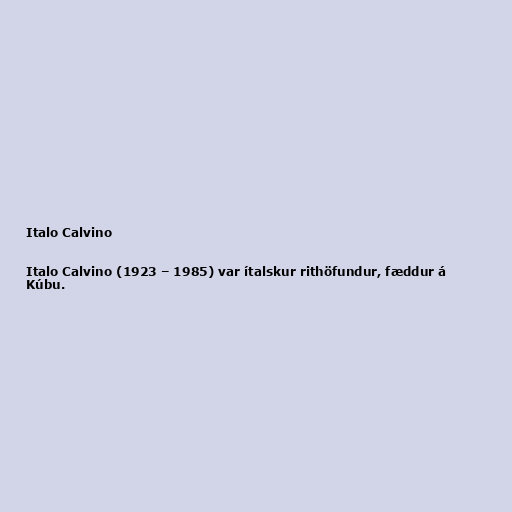
Italo Calvino

Italo Calvino (1923 – 1985) var ítalskur rithöfundur, fæddur á
Kúbu.